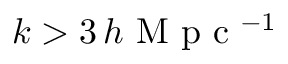
k > 3 \, h \textrm { M p c } { ^ { - 1 } }